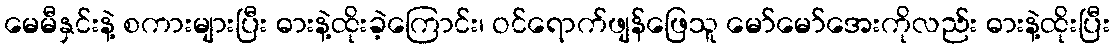
မေမီနှင်းနဲ့ စကားများပြီး ဓားနဲ့ထိုးခဲ့ကြောင်း၊ ဝင်ရောက်ဖျန်ဖြေသူ မော်မော်အေးကိုလည်း ဓားနဲ့ထိုးပြီး